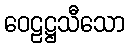
ဝေဠဋ္ဌသီသော